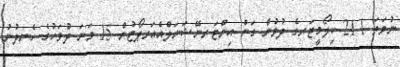
ނުވަތަ 21.1 ކިލޯމީޓަރގެ ދުވުން ގަން އިންޓަރނޭޝަނަލްއެއަރޕޯޓުން 15 ވަނަ ދުވަހުގެ ހެނދުނު